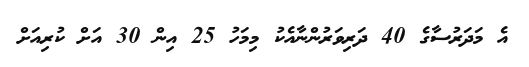
އެ މަދަރުސާގެ 40 ދަރިވަރުންނާއެކު މިމަހު 25 އިން 30 އަށް ކުރިއަށް